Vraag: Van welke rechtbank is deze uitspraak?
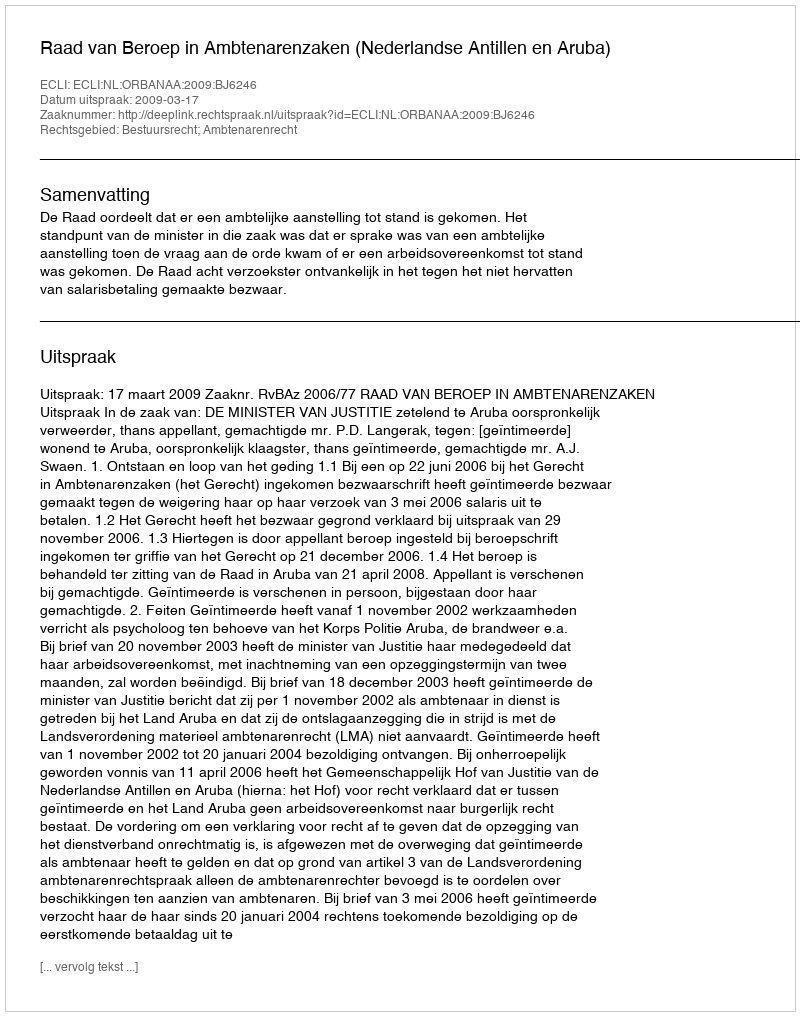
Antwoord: Raad van Beroep in Ambtenarenzaken (Nederlandse Antillen en Aruba)